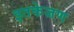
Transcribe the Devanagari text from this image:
इतकेजण